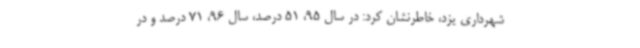
شهرداری یزد، خاطرنشان کرد: در سال 95، 51 درصد، سال 96، 71 درصد و در